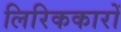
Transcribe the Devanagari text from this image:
लिरिककारों